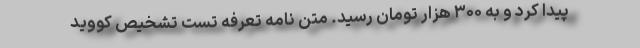
پیدا کرد و به ۳۰۰ هزار تومان رسید. متن نامه تعرفه تست تشخیص کووید